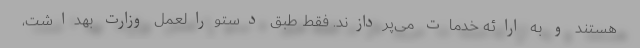
هستند و به ارائه خدمات می‌پردازند. فقط طبق دستورالعمل وزارت بهداشت،